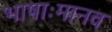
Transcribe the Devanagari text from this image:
भाषाःमानव